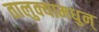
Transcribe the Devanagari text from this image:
तालुक्यामधुन्